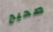
صحيح